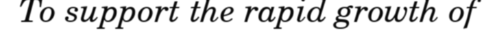
To support the rapid growth of